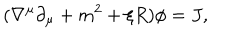
LaTeX: ( \nabla ^ { \mu } \partial _ { \mu } + m ^ { 2 } + \xi R ) \phi = J ,